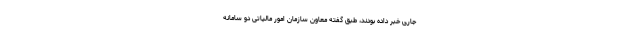
جاری خبر داده بودند، طبق گفته معاون سازمان امور مالیاتی دو سامانه